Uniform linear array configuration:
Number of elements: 64
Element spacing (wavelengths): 0.5
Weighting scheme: blackman
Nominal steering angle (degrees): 45
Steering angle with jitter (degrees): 45.988
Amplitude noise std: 0.05
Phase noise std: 0.05

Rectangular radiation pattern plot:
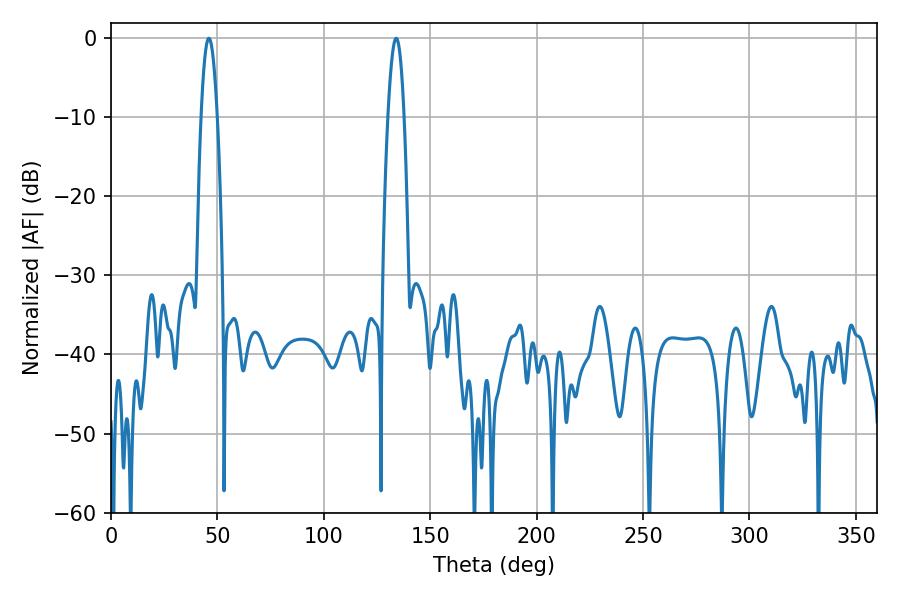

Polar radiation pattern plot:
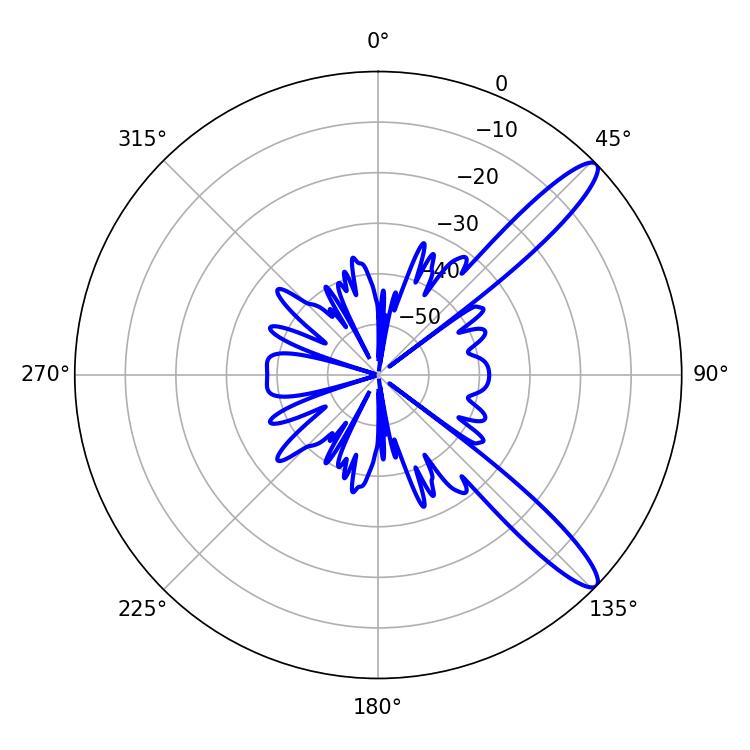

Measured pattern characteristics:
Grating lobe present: FALSE
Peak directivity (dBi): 12.445
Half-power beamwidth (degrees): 4.14
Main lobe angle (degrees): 45.9